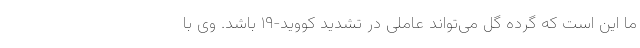
ما این است که گرده گل می‌تواند عاملی در تشدید کووید-۱۹ باشد. وی با